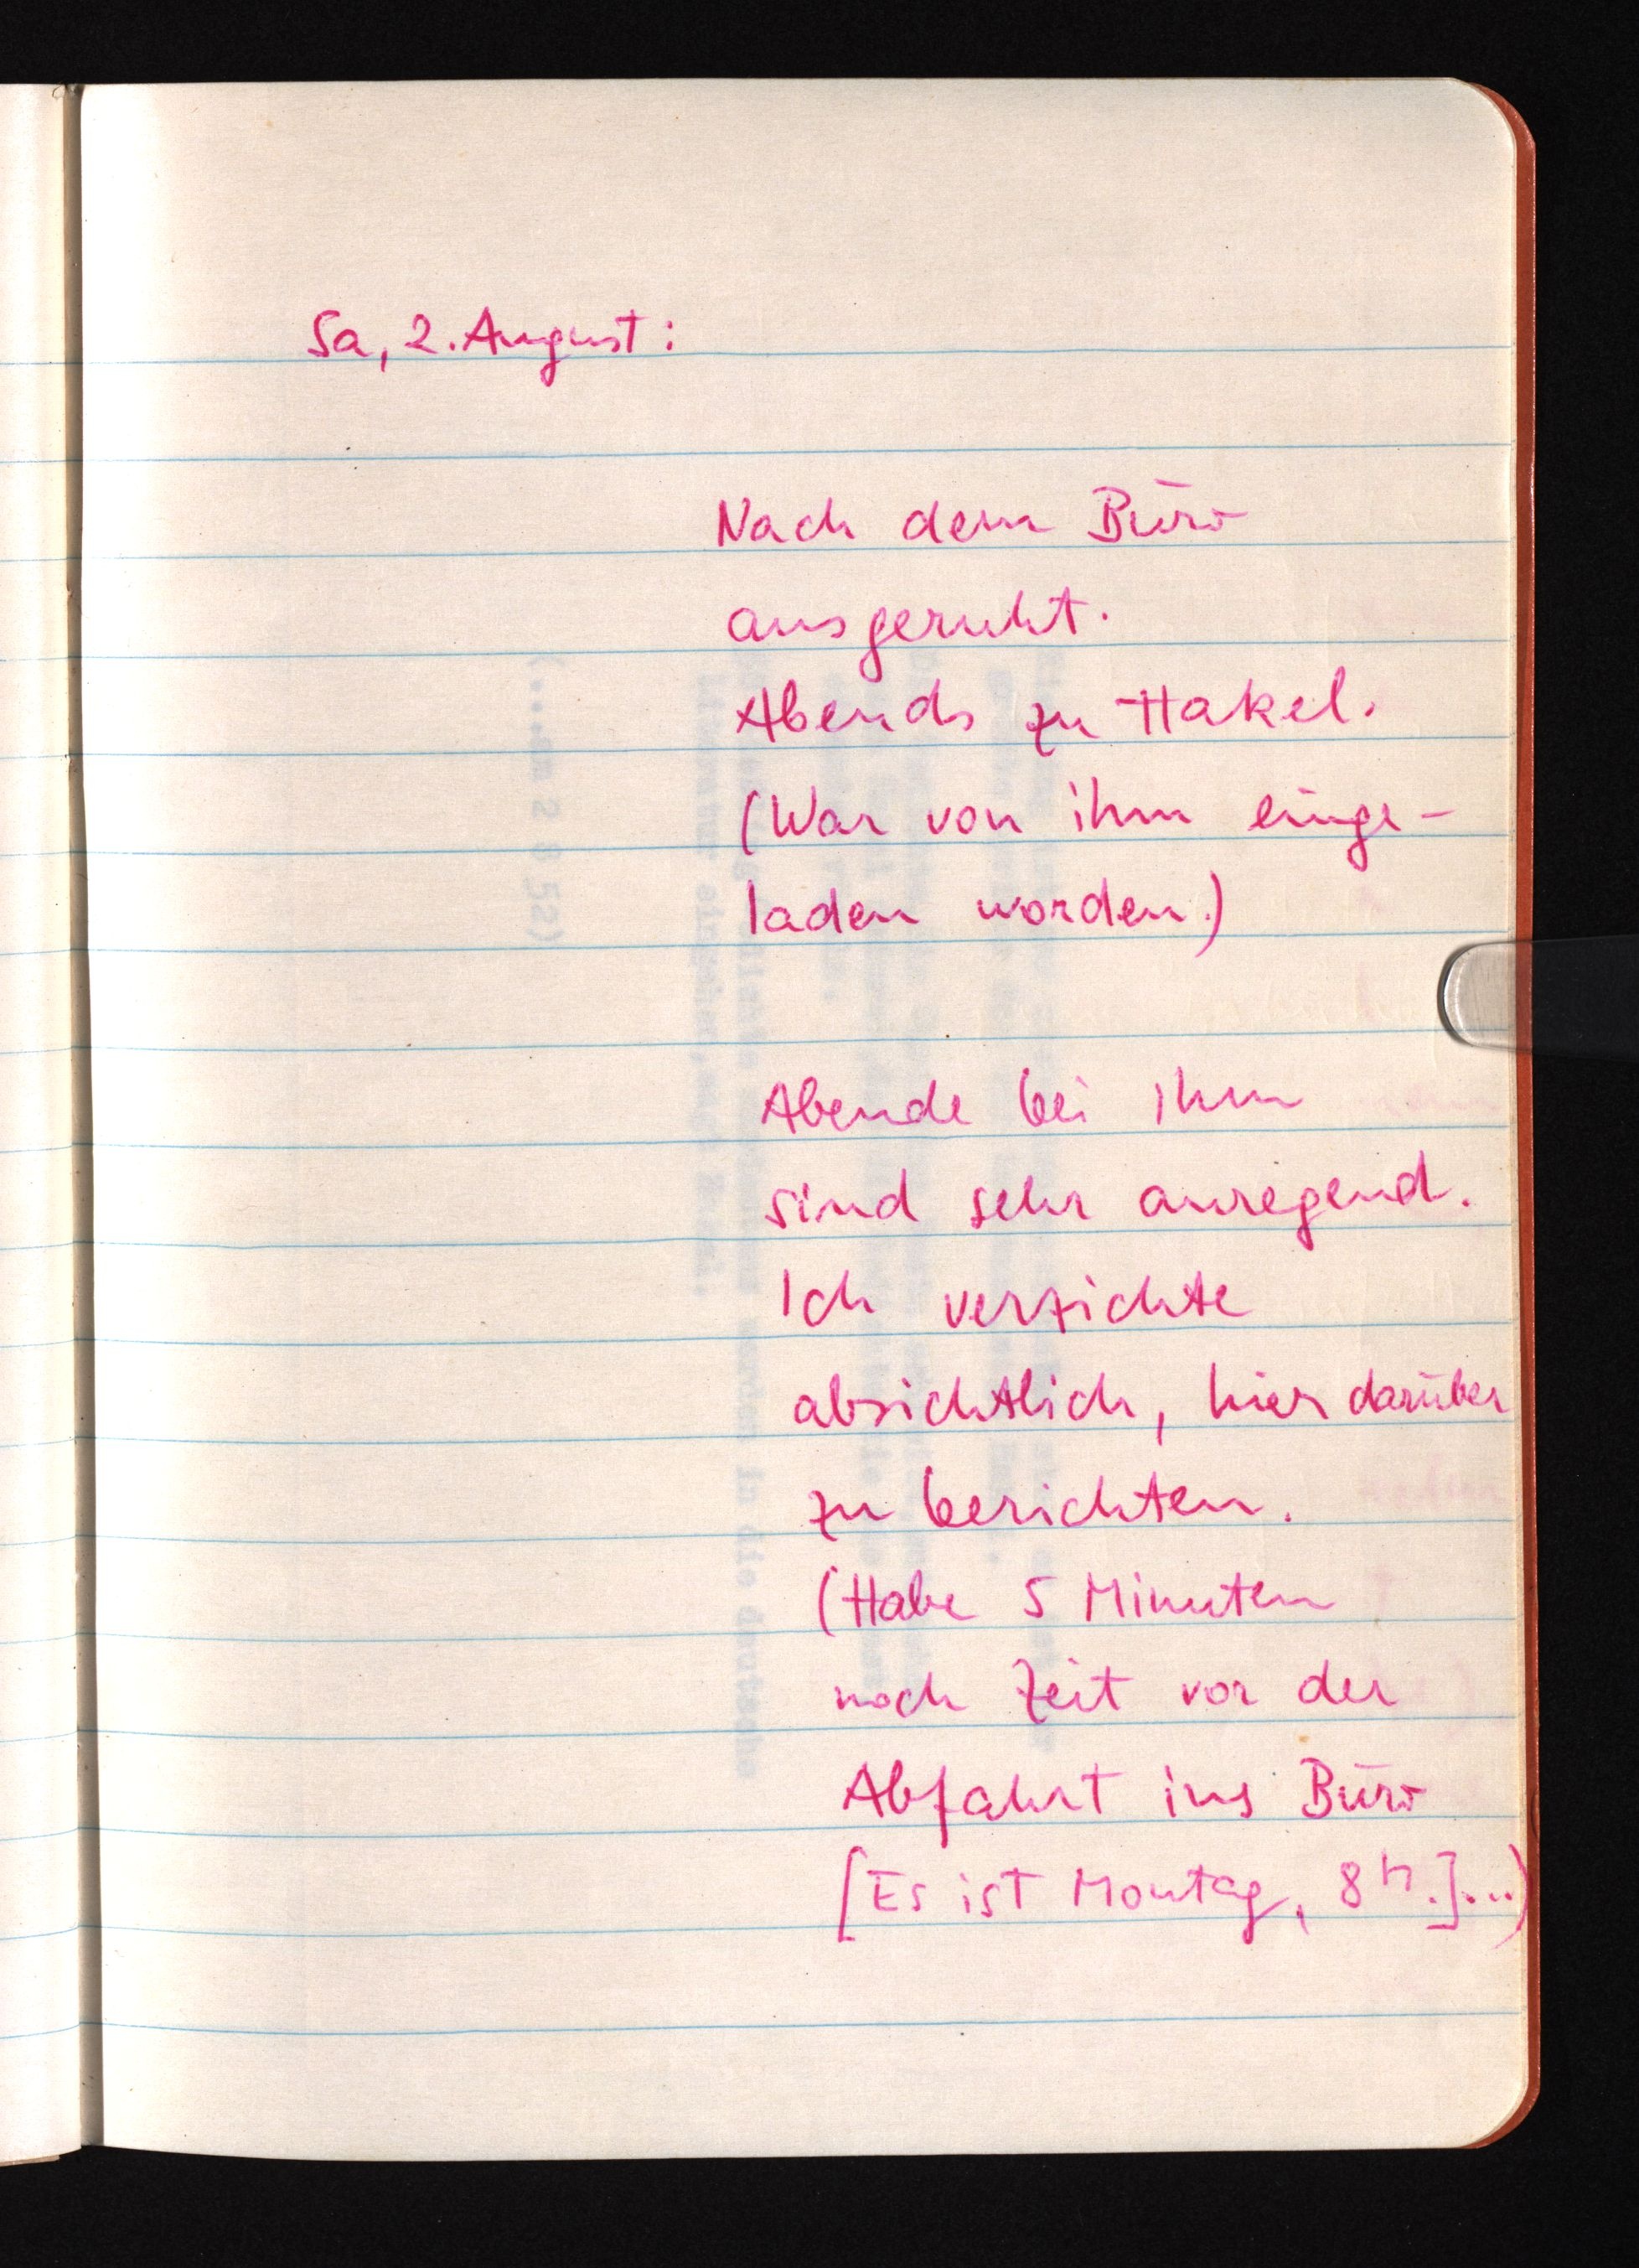
Sa, 2. August:
Nach dem Büro
ausgeruht.
Abends zu Hakel.
(War von ihm einge¬
laden worden.)
Abende bei ihm
sind sehr anregend.
Ich verzichte
absichtlich, hier darüber
zu berichten.
(Habe 5 Minuten
noch Zeit vor der
Abfahrt ins Büro
[Es ist Montag., 8h.] ...)